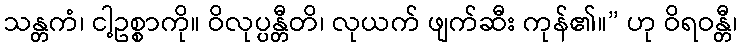
သန္တကံ၊ ငါ့ဥစ္စာကို။ ဝိလုပ္ပန္တီတိ၊ လုယက် ဖျက်ဆီး ကုန်၏။” ဟု ဝိရဝန္တီ၊